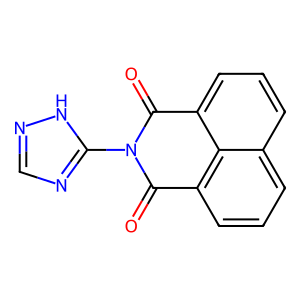
SMILES: O=C1c2cccc3cccc(c23)C(=O)N1c1ncn[nH]1
Inhibits HIV replication: No